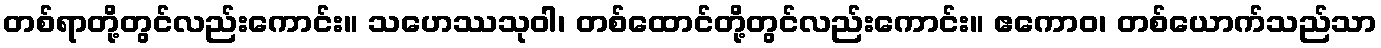
တစ်ရာတို့တွင်လည်းကောင်း။ သဟေဿသုဝါ၊ တစ်ထောင်တို့တွင်လည်းကောင်း။ ဧကောဝ၊ တစ်ယောက်သည်သာ